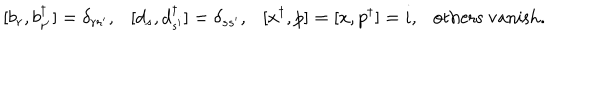
LaTeX: [ b _ { r } , b _ { r ^ { \prime } } ^ { \dagger } ] = \delta _ { r r ^ { \prime } } , [ d _ { s } , d _ { s ^ { \prime } } ^ { \dagger } ] = \delta _ { s s ^ { \prime } } , [ x ^ { \dagger } , p ] = [ x , p ^ { \dagger } ] = i , \mathrm { o t h e r s ~ v a n i s h } .